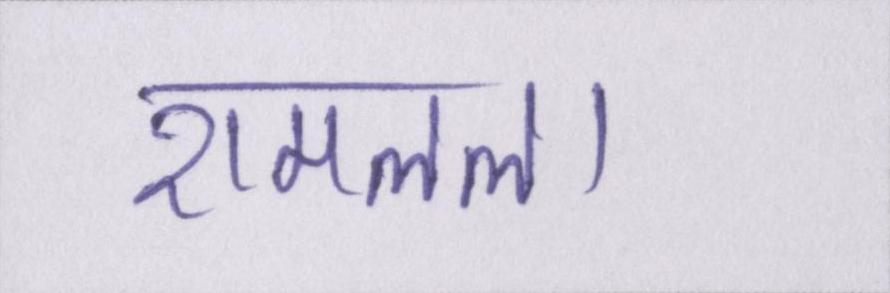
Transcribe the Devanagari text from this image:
रामलला